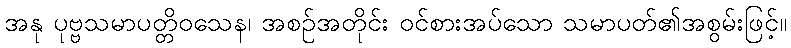
အနု ပုဗ္ဗသမာပတ္တိဝသေန၊ အစဉ်အတိုင်း ဝင်စားအပ်သော သမာပတ်၏အစွမ်းဖြင့်။